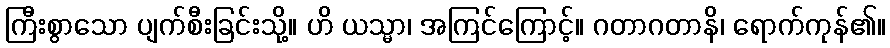
ကြီးစွာသော ပျက်စီးခြင်းသို့။ ဟိ ယသ္မာ၊ အကြင်ကြောင့်။ ဂတာဂတာနိ၊ ရောက်ကုန်၏။